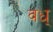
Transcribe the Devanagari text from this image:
वध्